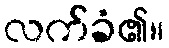
လက်ခံ၏။